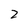
Character: 2